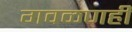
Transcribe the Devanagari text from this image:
गवळणही